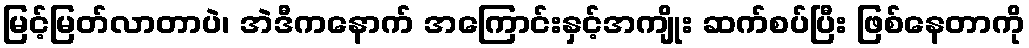
မြင့်မြတ်လာတာပဲ၊ အဲဒီကနောက် အကြောင်းနှင့်အကျိုး ဆက်စပ်ပြီး ဖြစ်နေတာကို